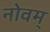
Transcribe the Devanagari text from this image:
नोवम्